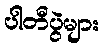
ပါတီပွဲများ